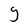
Character: g